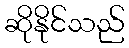
ဆိုနိုင်သည်